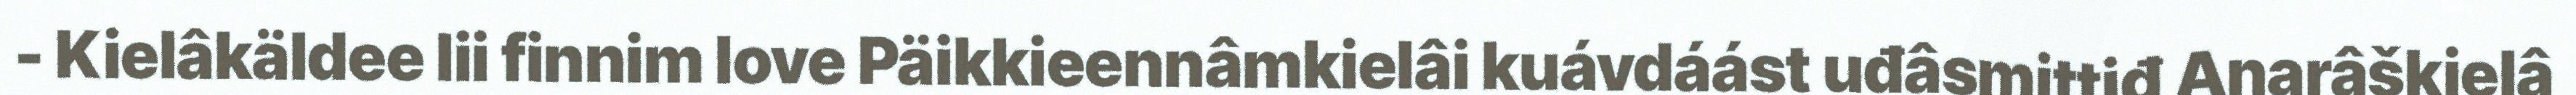
- Kielâkäldee lii finnim love Päikkieennâmkielâi kuávdáást uđâsmittiđ Anarâškielâ